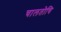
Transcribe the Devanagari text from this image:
चालतोचि